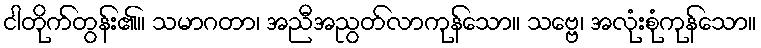
ငါတိုက်တွန်း၏။ သမာဂတာ၊ အညီအညွတ်လာကုန်သော။ သဗ္ဗေ၊ အလုံးစုံကုန်သော။